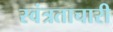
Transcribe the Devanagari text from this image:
स्वंत्रताचारी